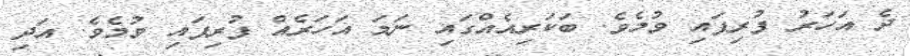
ދެ އަހަރު ފުރިފައި ވުމެވެ. ބަކަރިއެއްގައި ނަމަ އަހަރެއް ފުރިފައި ވުމެވެ. އަދި